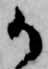
御